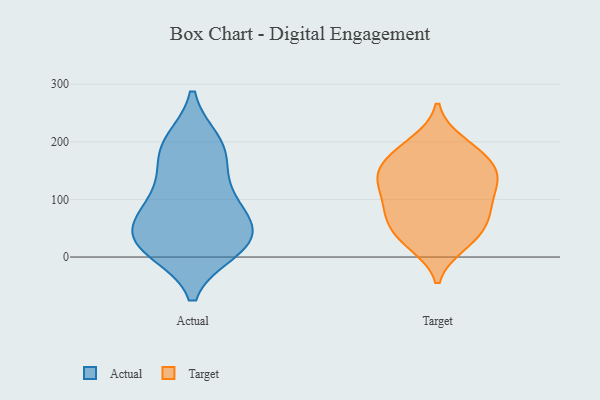
{"axis": {"x": "Active Users", "y": "Value"}, "legend": ["Actual", "Target"], "data": [{"x": "", "y": 107, "type": "Actual"}, {"x": "", "y": 143, "type": "Actual"}, {"x": "", "y": 188, "type": "Actual"}, {"x": "", "y": 199, "type": "Actual"}, {"x": "", "y": 78, "type": "Actual"}, {"x": "", "y": 40, "type": "Actual"}, {"x": "", "y": 29, "type": "Actual"}, {"x": "", "y": 84, "type": "Actual"}, {"x": "", "y": 189, "type": "Actual"}, {"x": "", "y": 13, "type": "Actual"}, {"x": "", "y": 19, "type": "Actual"}, {"x": "", "y": 51, "type": "Actual"}, {"x": "", "y": 20, "type": "Actual"}, {"x": "", "y": 75, "type": "Target"}, {"x": "", "y": 74, "type": "Target"}, {"x": "", "y": 90, "type": "Target"}, {"x": "", "y": 128, "type": "Target"}, {"x": "", "y": 141, "type": "Target"}, {"x": "", "y": 191, "type": "Target"}, {"x": "", "y": 77, "type": "Target"}, {"x": "", "y": 117, "type": "Target"}, {"x": "", "y": 199, "type": "Target"}, {"x": "", "y": 31, "type": "Target"}, {"x": "", "y": 151, "type": "Target"}, {"x": "", "y": 30, "type": "Target"}, {"x": "", "y": 54, "type": "Target"}, {"x": "", "y": 129, "type": "Target"}, {"x": "", "y": 143, "type": "Target"}, {"x": "", "y": 22, "type": "Target"}, {"x": "", "y": 167, "type": "Target"}, {"x": "", "y": 177, "type": "Target"}]}